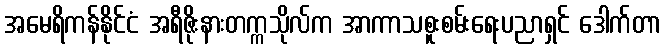
အမေရိကန်နိုင်ငံ အရီဇိုးနားတက္ကသိုလ်က အာကာသစူးစမ်းရေးပညာရှင် ဒေါက်တာ